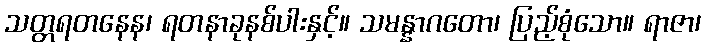
သတ္တရတနေန၊ ရတနာခုနစ်ပါးနှင့်။ သမန္နာဂတော၊ ပြည့်စုံသော။ ရာဇာ၊